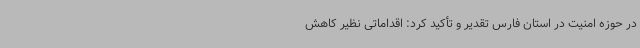
در حوزه امنیت در استان فارس تقدیر و تأکید کرد: اقداماتی نظیر کاهش